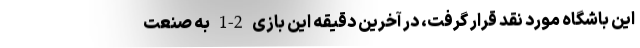
این باشگاه مورد نقد قرار گرفت، در آخرین دقیقه این بازی 2-1 به صنعت